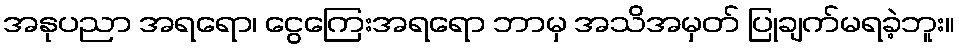
အနုပညာ အရရော၊ ငွေကြေးအရရော ဘာမှ အသိအမှတ် ပြုချက်မရခဲ့ဘူး။